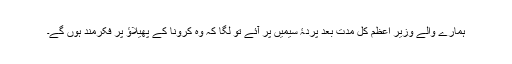
ہمارے والے وزیر اعظم کل مدت بعد پردۂ سیمیں پر آئے تو لگا کہ وہ کرونا کے پھیلاؤ پر فکرمند ہوں گے۔